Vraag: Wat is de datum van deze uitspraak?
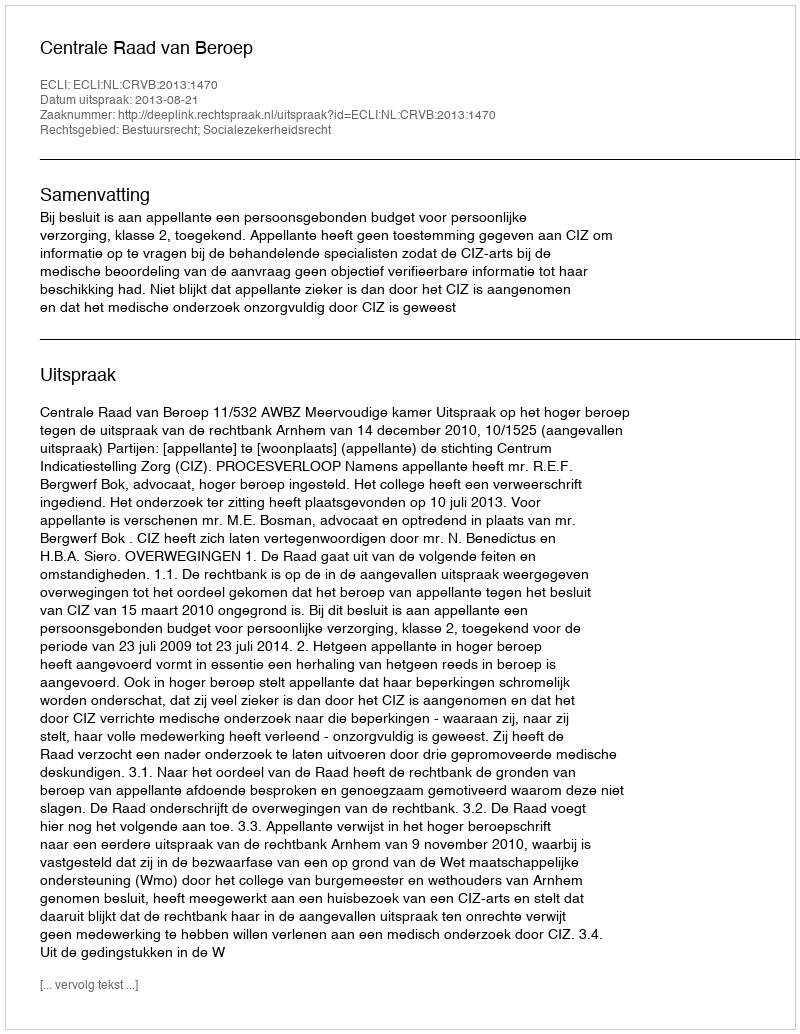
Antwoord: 2013-08-21